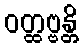
ဝတ္ထဗ္ဗန္တိ